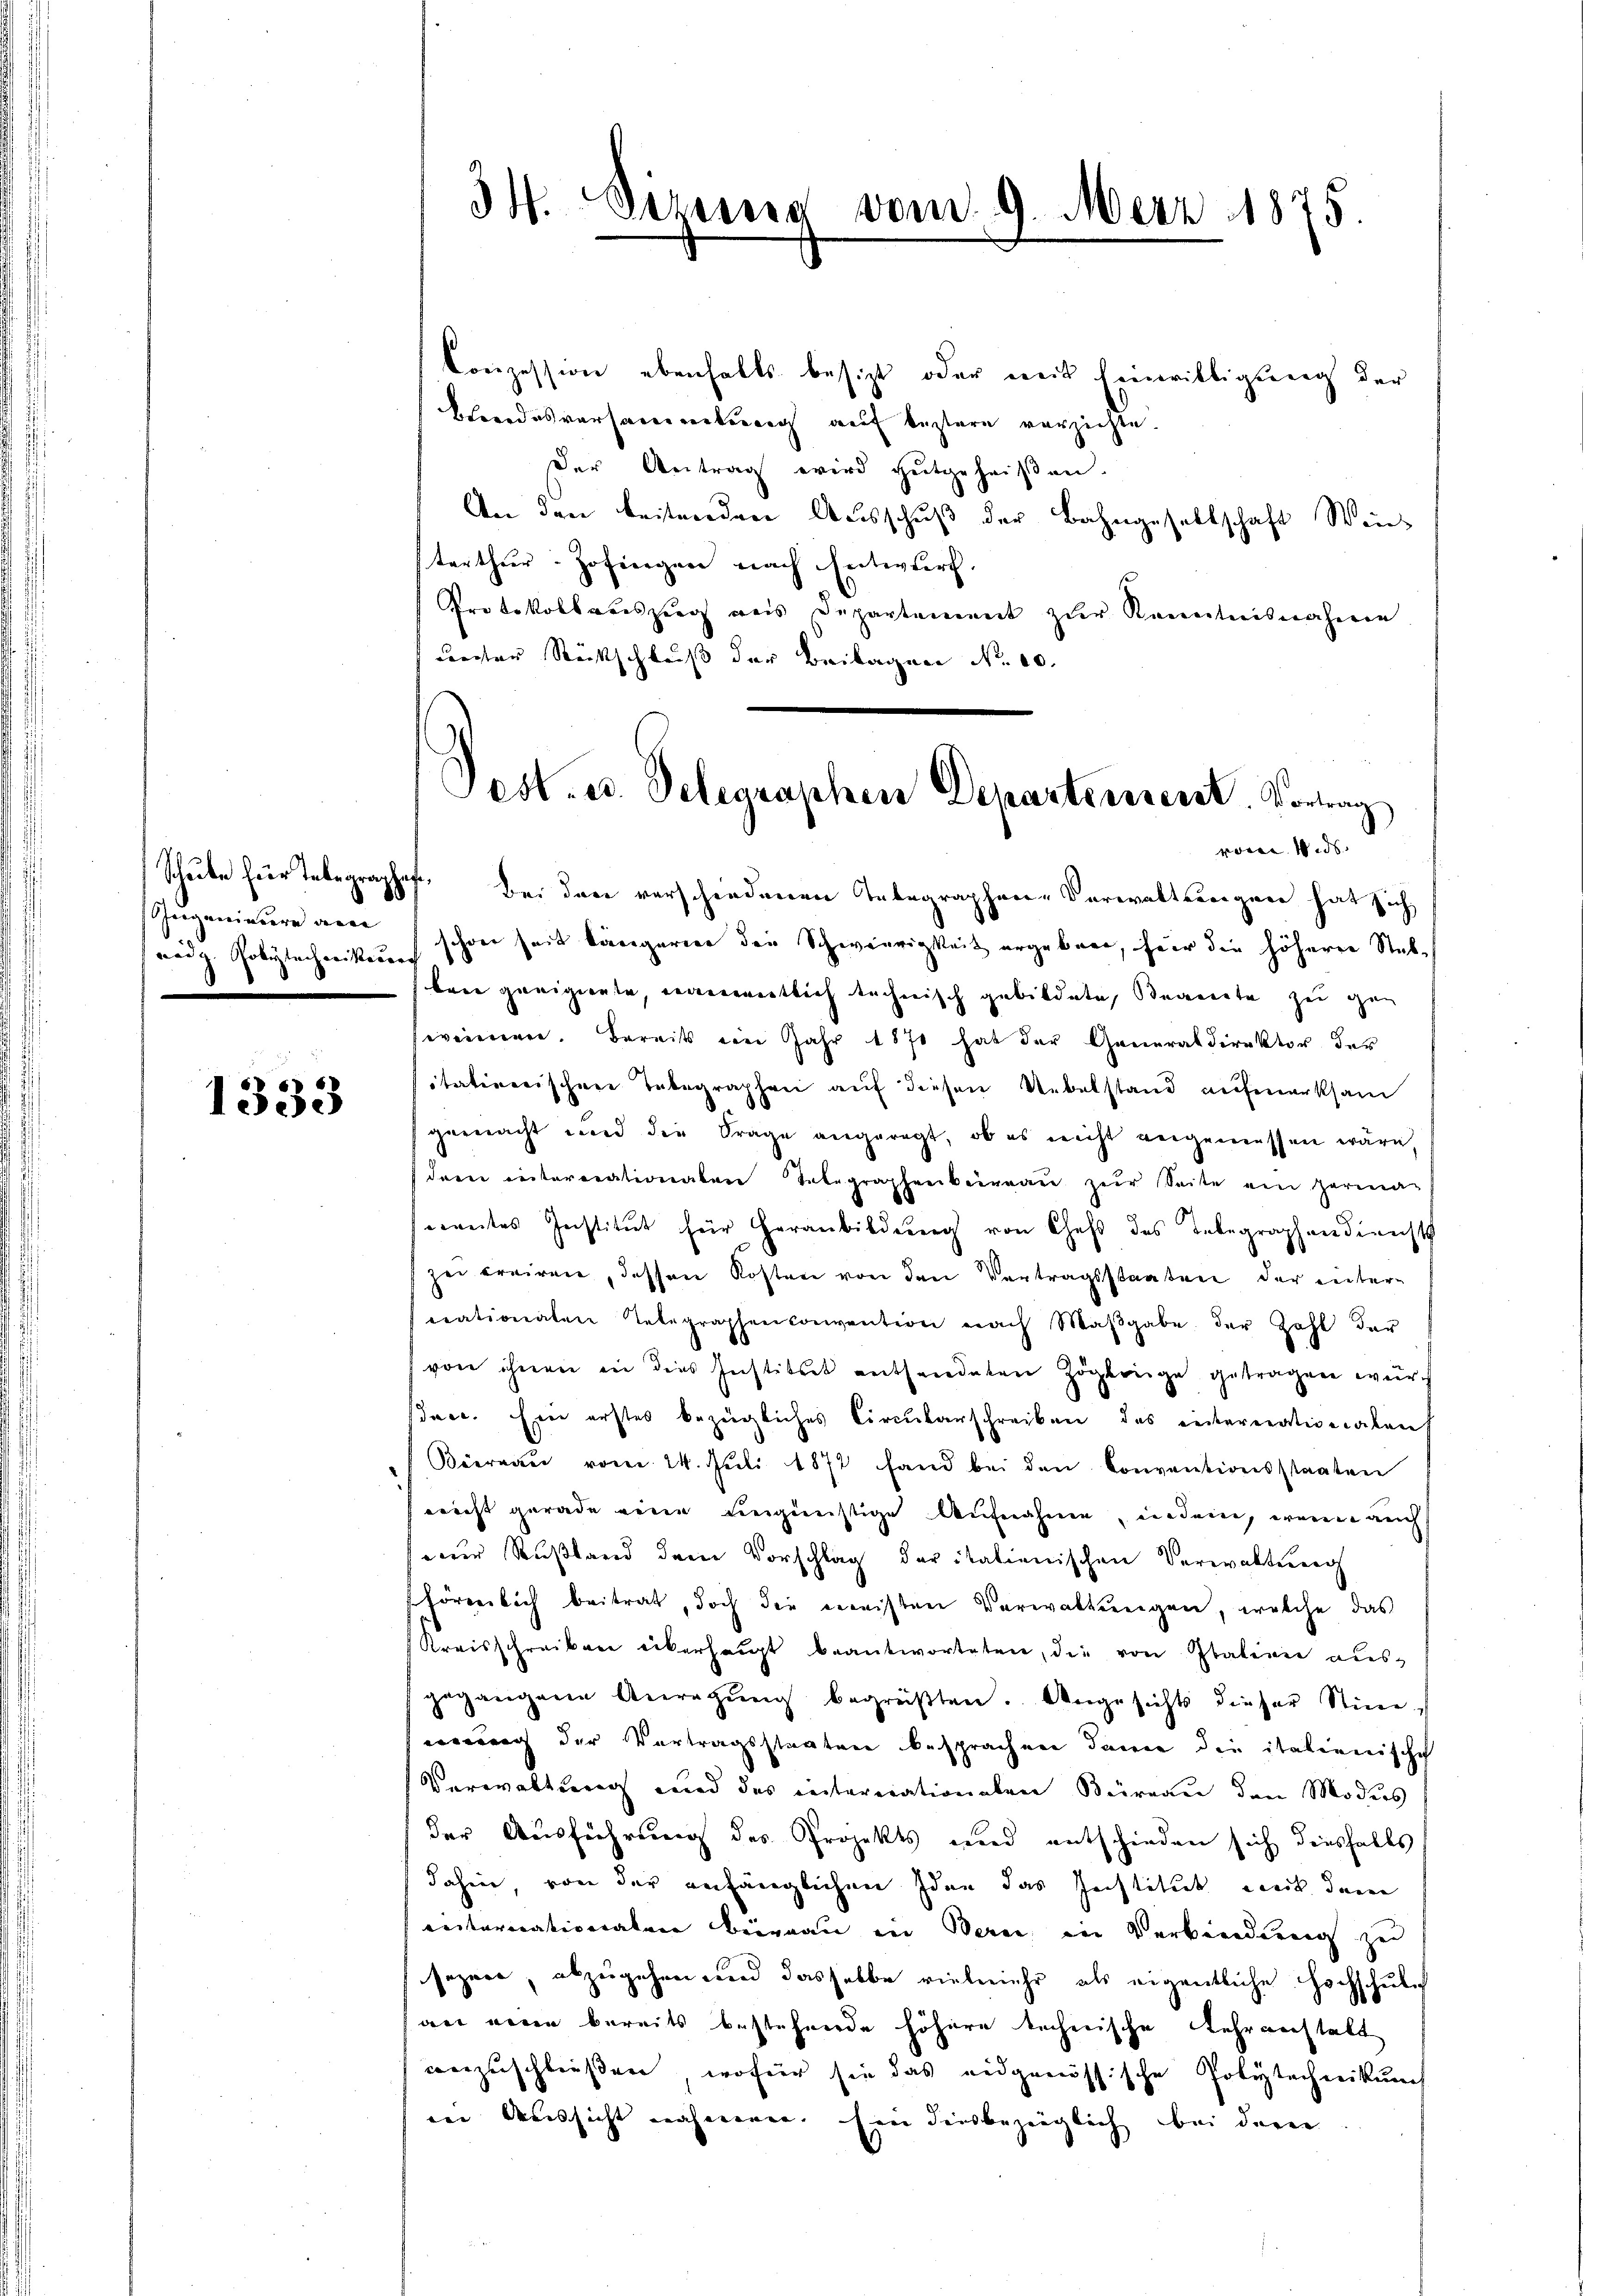
nadg. Polytechnikerrech

1333

Schule für Telegraphof. Bei den verschiedenen Integraphen-Verwaltungen hat sich
Sugenieure der schon seit längerien die Schwierigkeit ergeben, für die höherer Stabbere geeignete, namentlich technisch gebildete Begnete zu gan
weinen. Bereits ein Jahr 1870 hat der Generaldirektor der
sitatirerischene Tabegraphen auf diesen Uebelstand aufmerksam
gemacht und die Frage angeregt, ob es nicht angemessen wäre,
dern interrationalen Telegraphenbeinau zur Seite ein Herma
nantes Institut für Heranbildung von Chef des Inbegraphendienst
zei creiren, dessen Kosten von den Vertragsstaaten der intercrationalen Telegraphenconvention nach Maβgabe der Zahl der
von ihnen in dies Institut enthandeten Zöglinge getragen wurch
dac. Ein erstes bezügliches Circularschreiben das intererativeralen
Büreaŭ vom 24. Juli 1872 fand bei den Conventionsstaaten
ericht gerade eine ungünstige Aufnahme eindem, wenn auch
ur Rußland dem Vorschlag der italienischen Verwaltung
hörmlich beitrat, doch die meisten Verwaltungen, welche das
Kreisschreiben überhaupt beantworteten, die von Italien aŭs-
gegangene Anregŭng begrüβten. Angesichts dieser Stiminnung der Vertragsstaaten besprachen dawie die italienischeh
Verwaltung und das internationalen Büreau den Modes
der Ausführung des Projekts und entschieden sich diesfalls
dahin, von der anfänglichen Idee das Institut mit dem
einternationaten Begnau in Bern in Verbindung zu
sezere, abzugehen und dasselbe vielmehr als eigentliche Hochschulh
wer neuen bereits bestehende höhere technische Lehranstalt
vorzuschließen, wofür sie das eidgenössische Polytechnikung
wei Weissicht nahmenen. Ein diesbezüglich bei der

Conzession ebenfalls besizt oder weit Einwilligung der
Berrodesversamenten auf leztern verzichte.
Der Antrag wird gutgeheißen.
An den beitnerden Ausschuß der Bahngesellschaft Wein
terthur. Zofingen nach Entwurf.
Protokollreiszug aus Departement zur Kenntnisnahme
unter Rückschluß der Beilagen No 10.

34. Sizung vom 9. Merz 1875.

Post. u. Telegraphen Departeresent. Vortrag
von Wis